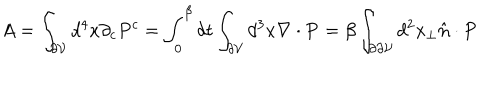
A = \int _ { \partial { \cal V } } d ^ { 4 } x \partial _ { c } P ^ { c } = \int _ { 0 } ^ { \beta } d t \int _ { \partial { \cal V } } d ^ { 3 } x \nabla \cdot { \bf P } = \beta \int _ { \partial \partial { \cal V } } d ^ { 2 } x _ { \perp } \hat { \bf n } \cdot { \bf P }